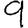
Digit: 9